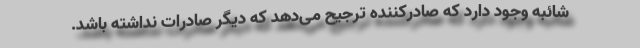
شائبه وجود دارد که صادرکننده ترجیح می‌دهد که دیگر صادرات نداشته باشد.